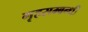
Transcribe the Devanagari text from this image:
गृहसम्बन्धी